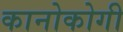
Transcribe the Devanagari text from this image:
कानोकोगी